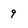
Character: 9